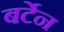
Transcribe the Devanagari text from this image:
बर्टेन